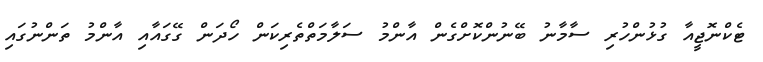
ޓެކްނޮޖީއާ ގުޅުންހުރި ސާމާނު ބޭނުންކޮށްގެން އާންމު ސަލާމަތްތެރިކަން ހޯދަން ގޭގައާއި އާންމު ތަންނުގައި